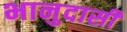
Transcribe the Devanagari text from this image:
भानुदासीं